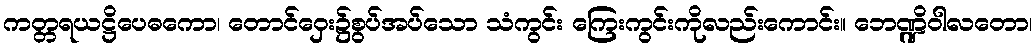
ကတ္တရယဋ္ဌိပေဓကော၊ တောင်ဝှေး၌စွပ်အပ်သော သံကွင်း ကြေးကွင်းကိုလည်းကောင်း။ ဘေဏ္ဍိဝါလတော၊